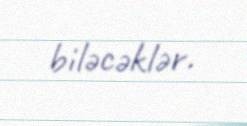
biləcəklər.